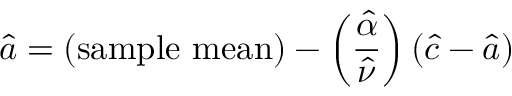
{ \hat { a } } = ( { \mathrm { s a m p l e ~ m e a n } } ) - \left( { \frac { \hat { \alpha } } { \hat { \nu } } } \right) ( { \hat { c } } - { \hat { a } } )